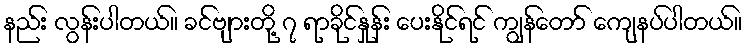
နည်း လွန်းပါတယ်။ ခင်ဗျားတို့ ၇ ရာခိုင်နှုန်း ပေးနိုင်ရင် ကျွန်တော် ကျေနပ်ပါတယ်။